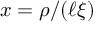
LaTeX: x = \rho / ( \ell \xi )